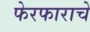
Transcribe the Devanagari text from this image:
फेरफाराचे